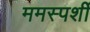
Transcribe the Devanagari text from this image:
ममस्पर्शी